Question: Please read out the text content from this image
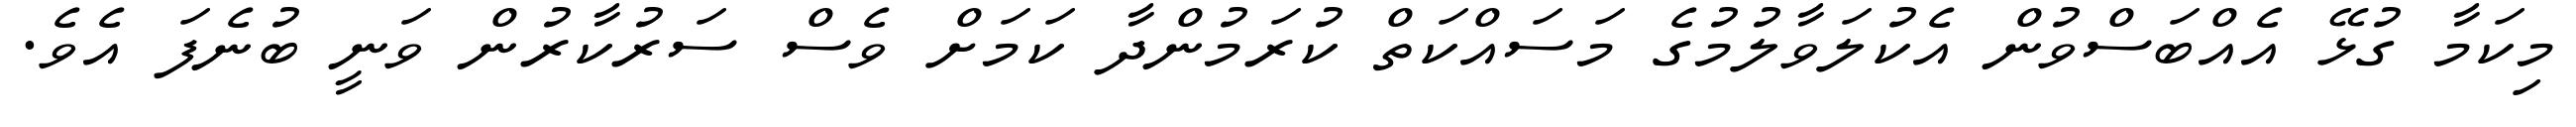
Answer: މިކަމާ ގުޅޭ އެއްބަސްވުން އެކުލަވާލުމުގެ މަސައްކަތް ކުރަމުންދާ ކަމަށް ވެސް ސަރުކާރުން ވަނީ ބުނެފަ އެވެ.